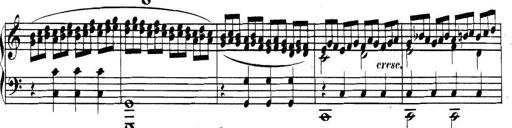
Title: Collected Piano Sonatas
Composer: Muzio Clementi